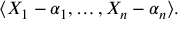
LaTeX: \langle X _ { 1 } - \alpha _ { 1 } , \ldots , X _ { n } - \alpha _ { n } \rangle .